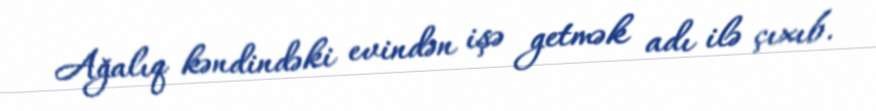
Ağalıq kəndindəki evindən işə getmək adı ilə çıxıb.